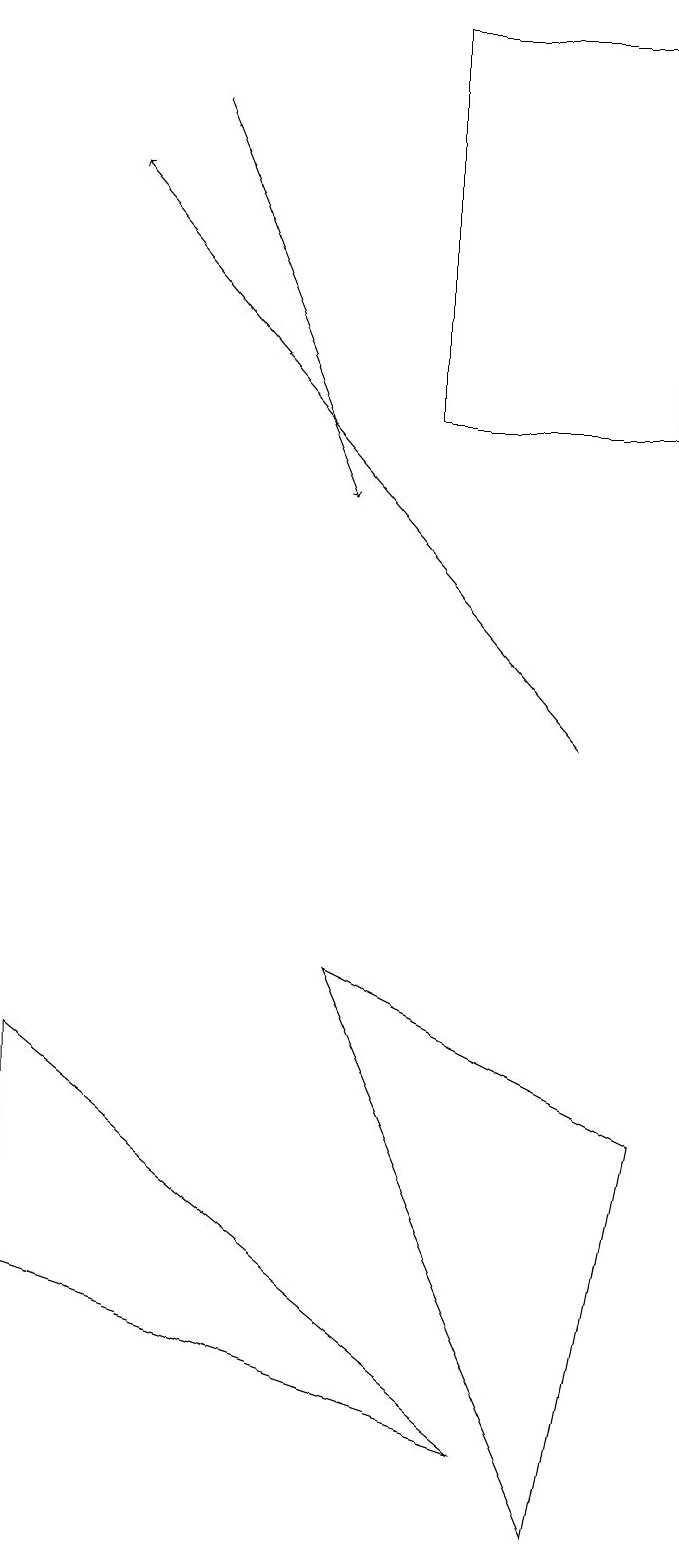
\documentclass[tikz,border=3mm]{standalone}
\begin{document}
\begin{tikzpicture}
\draw (7,1) -- (1,6) -- (1,3) -- cycle;
\draw (5,7) -- (8,0) -- (9,5) -- cycle;
\draw[->] (8,10) -- (2,17);
\draw (6,14) rectangle (9,19);
\draw[->] (3,18) -- (5,13);
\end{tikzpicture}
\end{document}